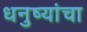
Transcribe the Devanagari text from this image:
धनुष्यांचा